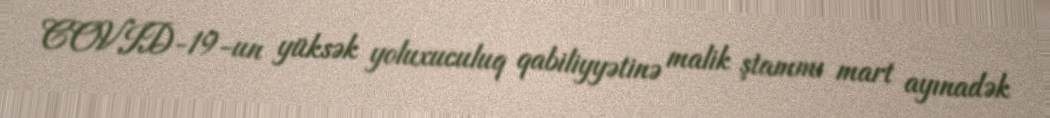
COVID-19-un yüksək yoluxuculuq qabiliyyətinə malik ştammı mart ayınadək